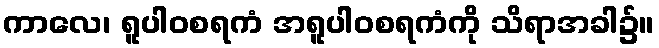
ကာလေ၊ ရူပါဝစရကံ အရူပါဝစရကံကို သိရာအခါ၌။